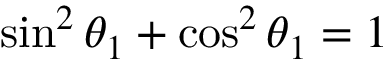
\sin ^ { 2 } \theta _ { 1 } + \cos ^ { 2 } \theta _ { 1 } = 1